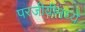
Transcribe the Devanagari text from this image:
परजीवीमध्ये